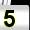
Digit: 5